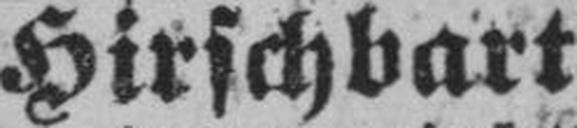
Hirschbart